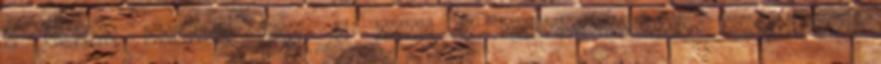
4 remek hatása van 10 tipp a stresszmentes utazáshoz